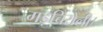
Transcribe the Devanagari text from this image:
गड़चिरोली।